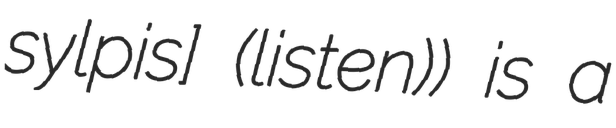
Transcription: sylpis] (listen)) is a